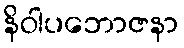
နိဝါပဘောဇနာ